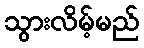
သွားလိမ့်မည်